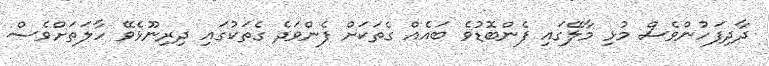
ދާދިފަހުންވެސް މުޅި މާލޭގައި ފެންބޮޑުވެ ބައެއް ގެތަކަށް ފެންވަދެ ގެތަކުގައި ދިރިނޫޅެވޭ ހާލަތަށްވެސް